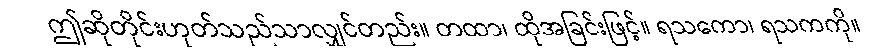
ဤဆိုတိုင်းဟုတ်သည်သာလျှင်တည်း။ တထာ၊ ထိုအခြင်းဖြင့်။ ရသကော၊ ရသကကို။